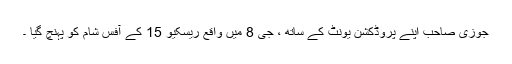
جوزی صاحب اپنے پروڈکشن یونٹ کے ساتھ ، جی 8 میں واقع ریسکیو 15 کے آفس شام کو پہنچ گیا ۔